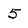
Character: 5